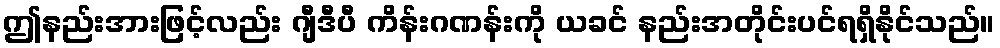
ဤနည်းအားဖြင့်လည်း ဂျီဒီပီ ကိန်းဂဏန်းကို ယခင် နည်းအတိုင်းပင်ရရှိနိုင်သည်။